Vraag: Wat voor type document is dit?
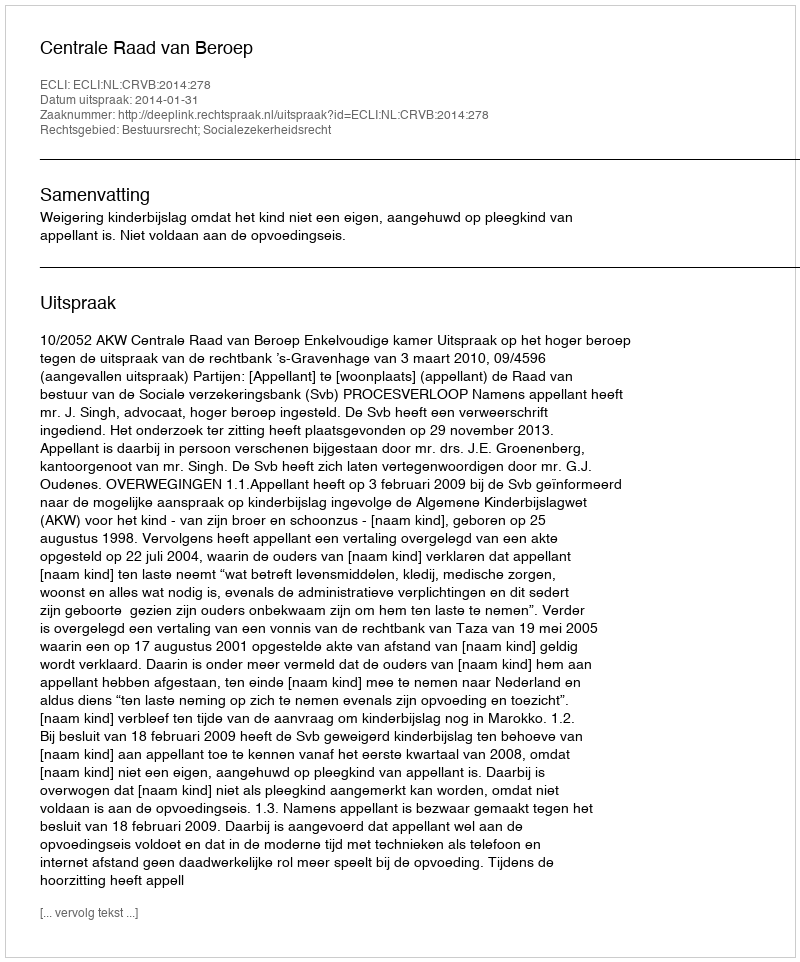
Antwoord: Uitspraak